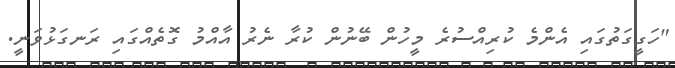
"ހަގީގަތުގައި އެންމެ ކުރިއްސުރެ މީހުން ބޭނުން ކުރާ ނެރު އާއްމު ގޮތެއްގައި ރަނގަޅުވަނީ.